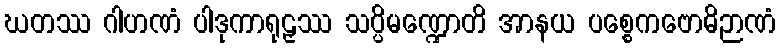
ဃတဿ ဂါဟဏံ ပါဒုကာရုဠှဿ သပ္ပိမဏ္ဍောတိ အာနယ ပစ္စေကဗောဓိဉာဏံ